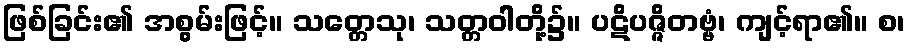
ဖြစ်ခြင်း၏ အစွမ်းဖြင့်။ သတ္တေသု၊ သတ္တဝါတို့၌။ ပဋိပဇ္ဇိတဗ္ဗံ၊ ကျင့်ရာ၏။ စ၊